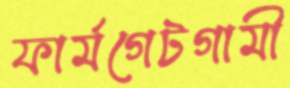
ফার্মগেটগামী